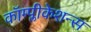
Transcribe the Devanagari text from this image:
कॉम्प्लीकेशन्स